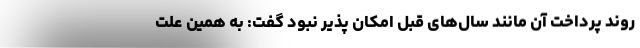
روند پرداخت آن مانند سال‌های قبل امکان پذیر نبود گفت: به همین علت